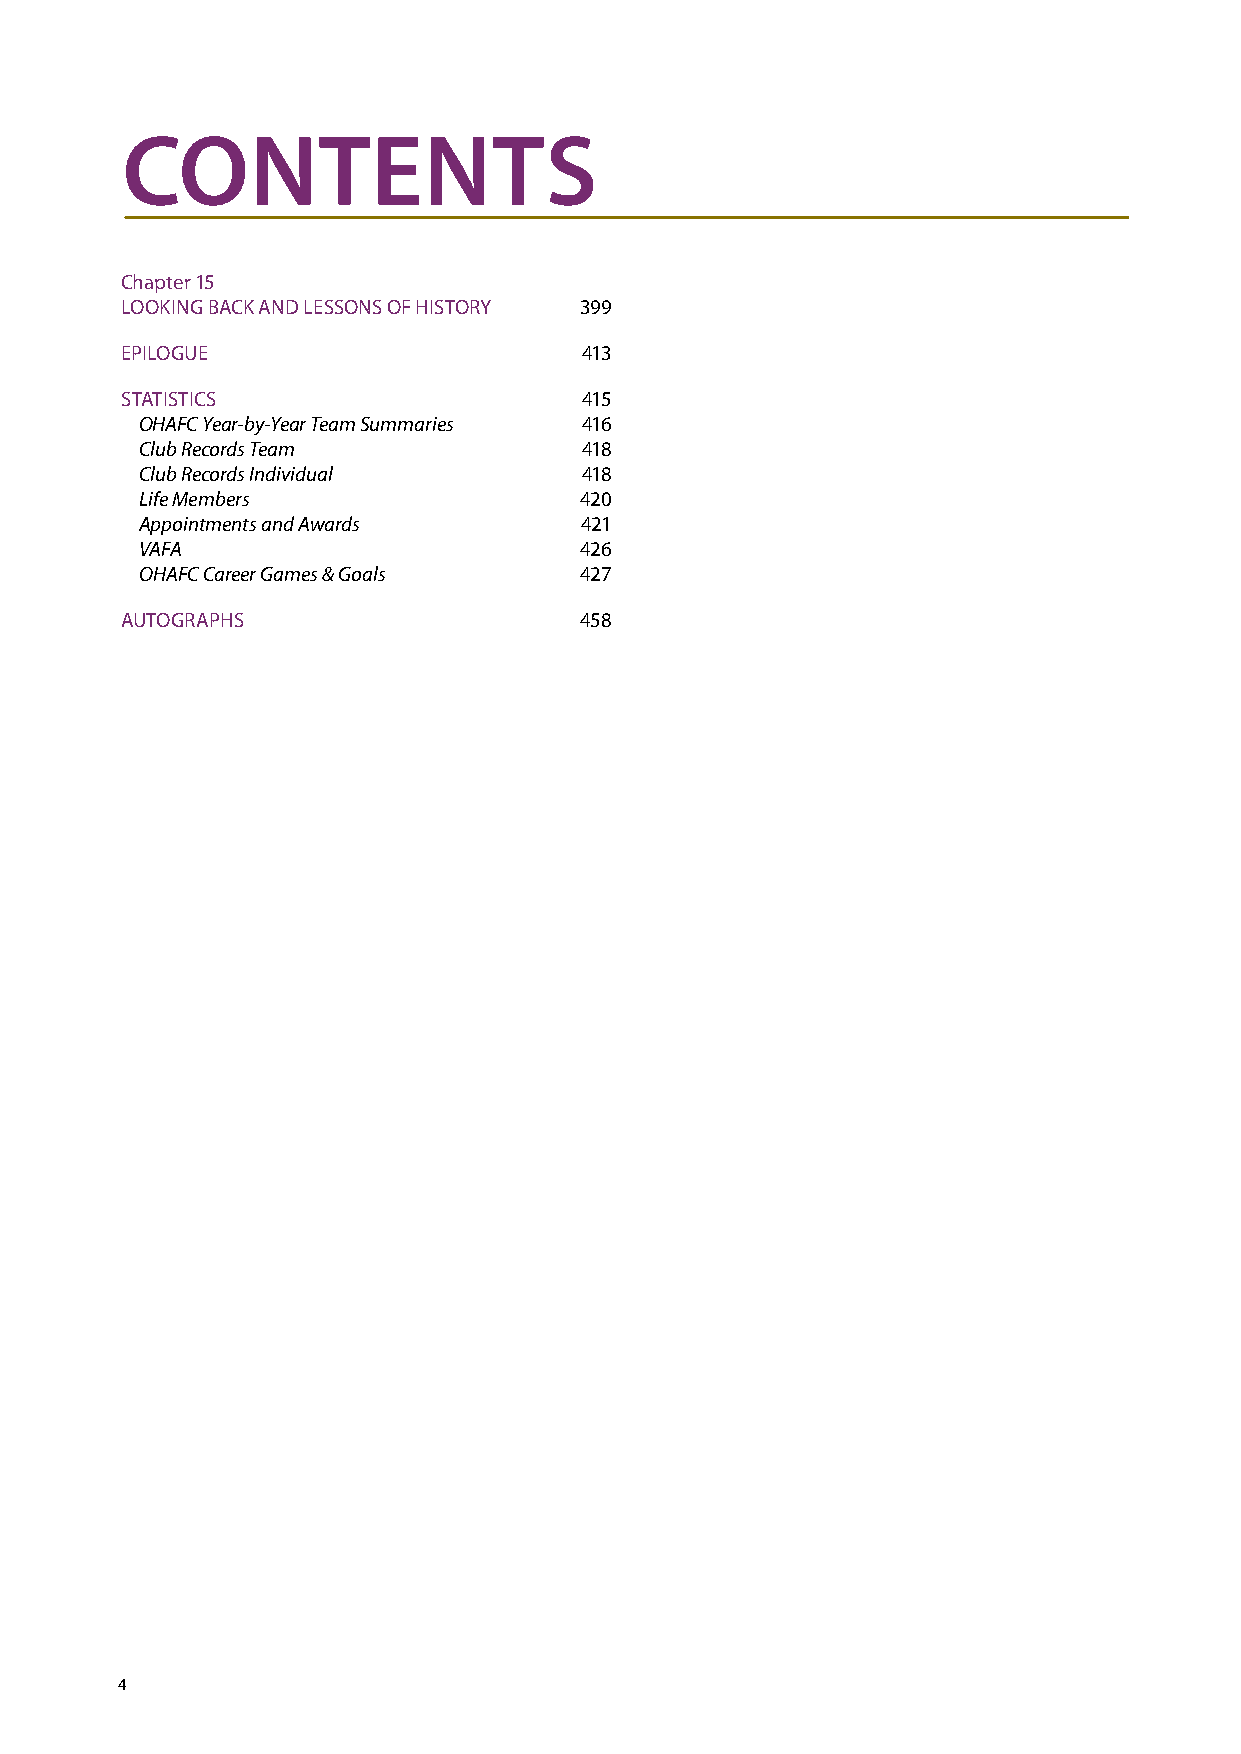
CONTENTS
 Chapter 15
 LOOKING BACK AND LESSONS OF HISTORY 399
 EPILOGUE                      413
 STATISTICS                    415
 OHAFC Year-by-Year Team Summaries 416
 Club Records Team            418
 Club Records Individual      418
 Life Members                 420
 Appointments and Awards      421
 VAFA                         426
 OHAFC Career Games & Goals   427
 AUTOGRAPHS                    458
 4